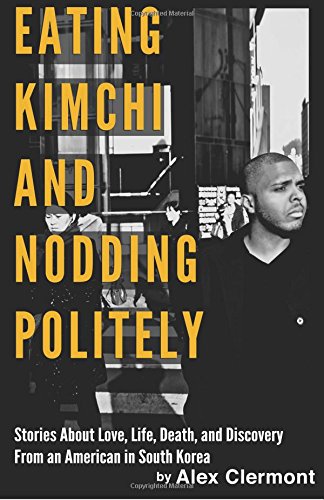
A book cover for Eating Kimchi and Nodding Politely: Stories About Love, life, Death, and Discovery From an American in South Korea; Alex Clermont; Travel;